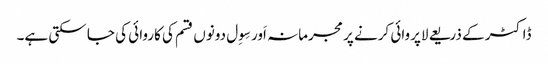
ڈاکٹر کے ذریعے لاپروائی کرنے پر مجرمانہ اَور سِوِل دونوں قسم کی کاروائی کی جا سکتی ہے۔